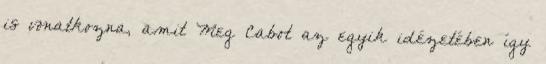
is vonatkozna, amit Meg Cabot az egyik idézetében így